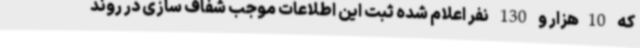
که 10هزار و 130 نفر اعلام شده ثبت این اطلاعات موجب شفاف سازی در روند